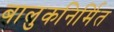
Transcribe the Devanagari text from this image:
बालुकनिर्मित